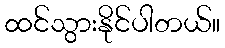
ထင်သွားနိုင်ပါတယ်။